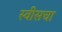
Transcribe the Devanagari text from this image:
स्वीसचा